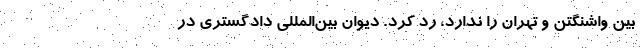
بین واشنگتن و تهران را ندارد، رد کرد. دیوان بین‌المللی دادگستری در